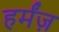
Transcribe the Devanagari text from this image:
हर्मंज़